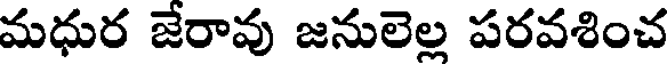
మధుర జేరావు జనులెల్ల పరవశించ